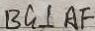
B G \bot A F